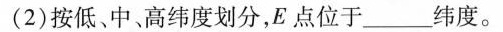
(2)按低、中高纬度划分，E点位于___纬度。